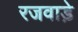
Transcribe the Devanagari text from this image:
रजवाडे़